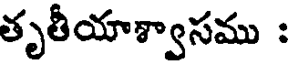
తృతీయాశ్వాసము :